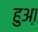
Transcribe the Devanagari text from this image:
हुआ़